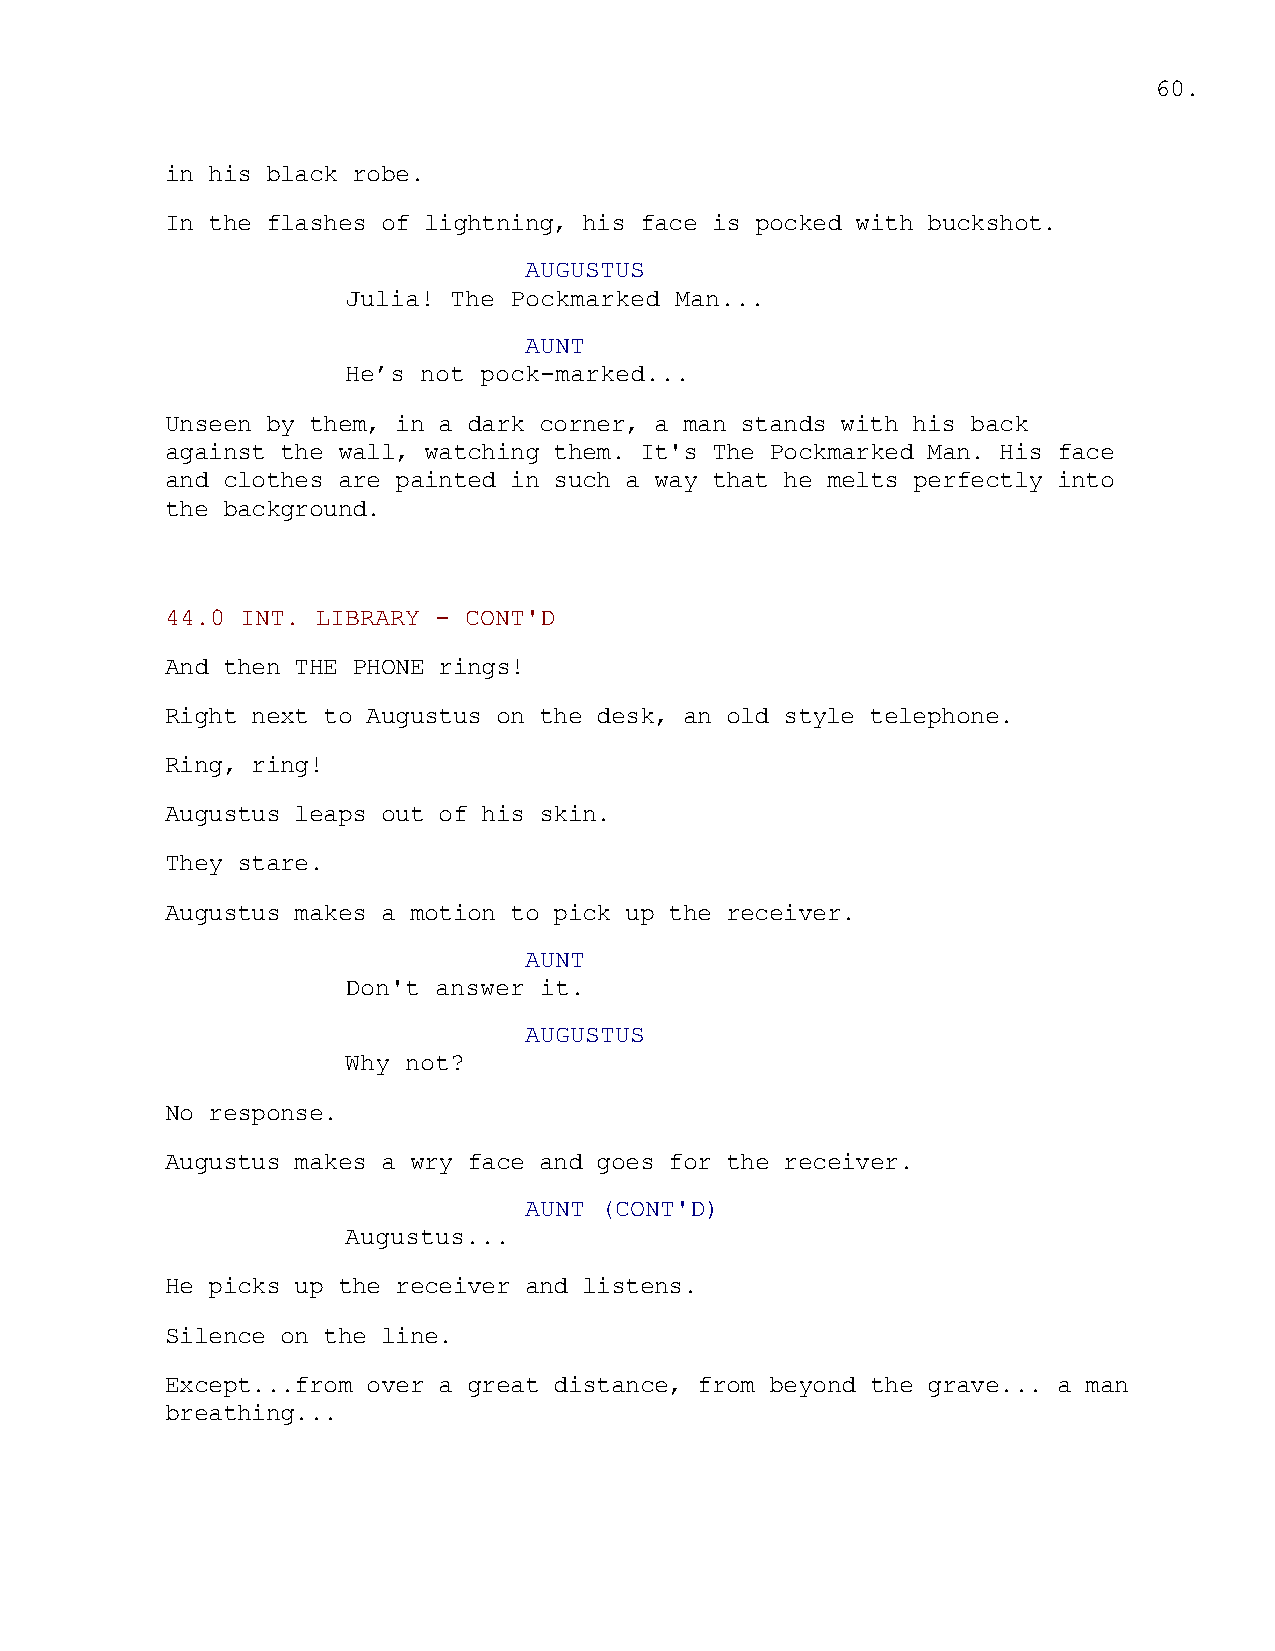
60.
 in his black robe.
 In the flashes of lightning, his face is pocked with buckshot.
 AUGUSTUS
 Julia! The Pockmarked Man...
 AUNT
 He’s not pock-marked...
 Unseen by them, in a dark corner, a man stands with his back
 against the wall, watching them. It's The Pockmarked Man. His face
 and clothes are painted in such a way that he melts perfectly into
 the background.
 44.0 INT. LIBRARY - CONT'D
 And then THE PHONE rings!
 Right next to Augustus on the desk, an old style telephone.
 Ring, ring!
 Augustus leaps out of his skin.
 They stare.
 Augustus makes a motion to pick up the receiver.
 AUNT
 Don't answer it.
 AUGUSTUS
 Why not?
 No response.
 Augustus makes a wry face and goes for the receiver.
 AUNT (CONT'D)
 Augustus...
 He picks up the receiver and listens.
 Silence on the line.
 Except...from over a great distance, from beyond the grave... a man
 breathing...